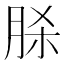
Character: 脎